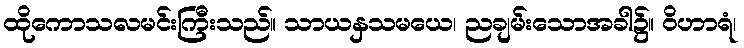
ထိုကောသလမင်းကြီးသည်။ သာယနှသမယေ၊ ညချမ်းသောအခါ၌။ ဝိဟာရံ၊